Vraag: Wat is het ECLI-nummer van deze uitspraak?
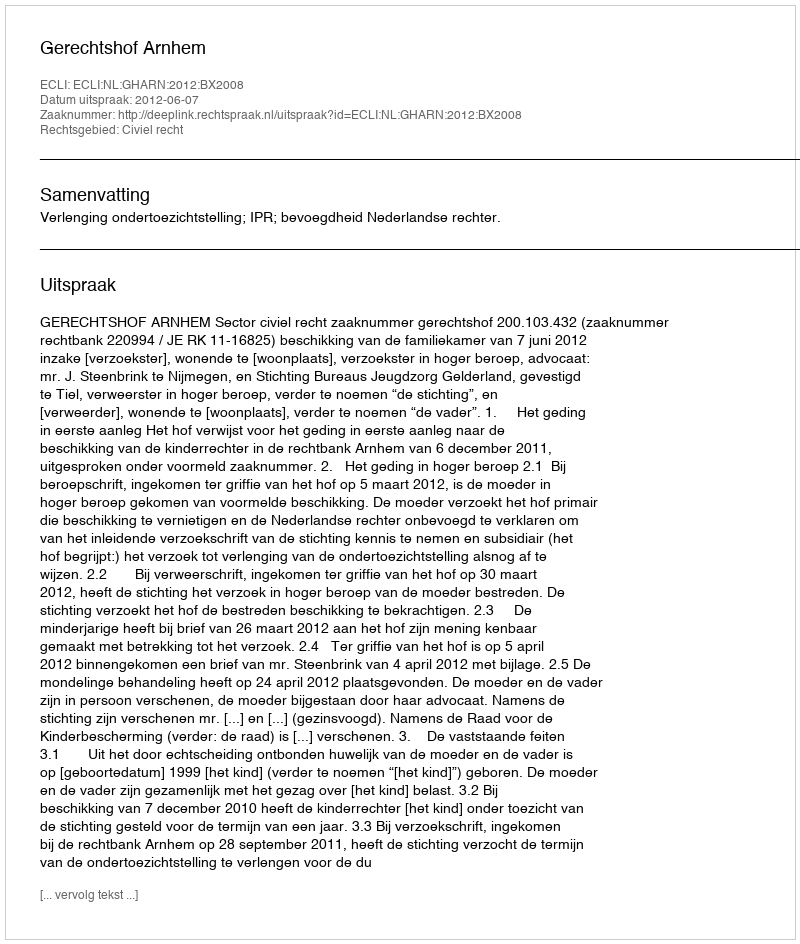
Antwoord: ECLI:NL:GHARN:2012:BX2008